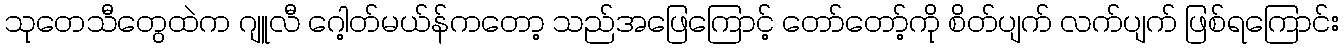
သုတေသီတွေထဲက ဂျူလီ ဂေါ့တ်မယ်န်ကတော့ သည်အဖြေကြောင့် တော်တော့်ကို စိတ်ပျက် လက်ပျက် ဖြစ်ရကြောင်း